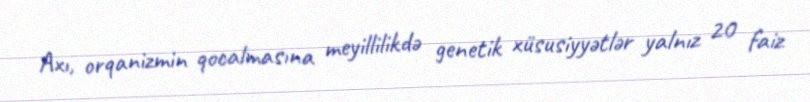
Axı, orqanizmin qocalmasına meyillilikdə genetik xüsusiyyətlər yalnız 20 faiz